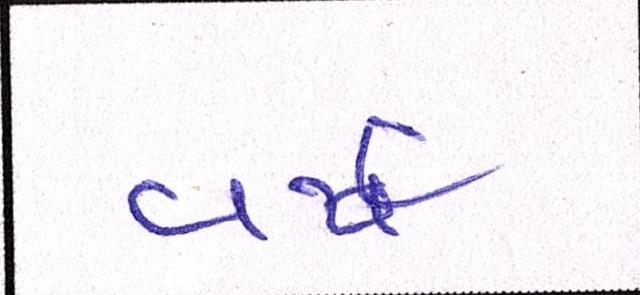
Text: વર્ષ